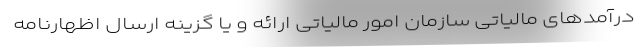
درآمدهای مالیاتی سازمان امور مالیاتی ارائه و یا گزینه ارسال اظهارنامه